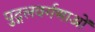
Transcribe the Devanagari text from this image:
पुद्गलवर्गणाओं